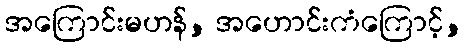
အကြောင်းမဟန်, အဟောင်းကံကြောင့်,